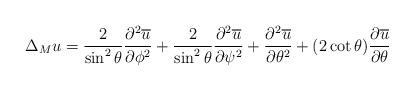
LaTeX: \begin{align*}\Delta_M u=\frac{2}{\sin^{2}\theta}\frac{\partial^{2}\overline{u}}{\partial\phi^{2}}+\frac{2}{\sin^{2}\theta}\frac{\partial^{2}\overline{u}}{\partial\psi^{2}}+\frac{\partial^{2}\overline{u}}{\partial\theta^{2}}+(2\cot\theta)\frac{\partial \overline{u}}{\partial\theta}\end{align*}